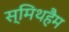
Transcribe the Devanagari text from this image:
स्मिथहैम